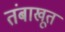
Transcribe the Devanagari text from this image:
तंबाखूत